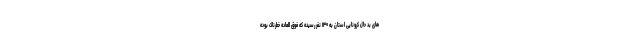
های بد حال کرونایی استان به ۱۳۰ نفر رسیده که فوق العاده خطرناک بوده